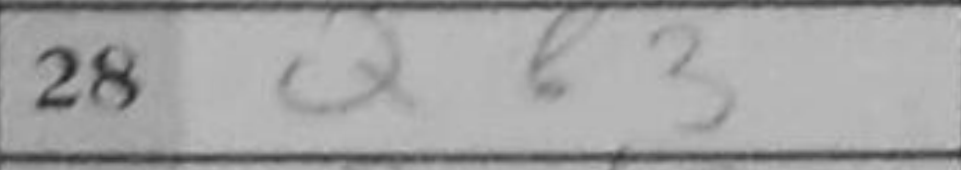
Transcription: Qb3